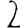
Digit: 2